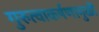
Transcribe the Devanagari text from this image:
गुरुत्वाकर्षणामुळीं